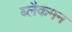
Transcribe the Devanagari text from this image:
ब्लैकमन